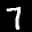
Label: 7